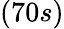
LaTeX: (70s)